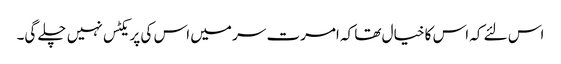
اس لئے کہ اس کا خیال تھا کہ امرت سر میں اس کی پریکٹس نہیں چلے گی۔